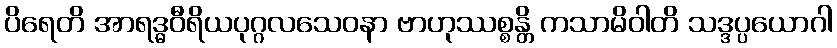
ပိရေတိ အာရဒ္ဓဝီရိယပုဂ္ဂလသေဝနာ ဗာဟုဿစ္စန္တိ ကသာမိဝါတိ သဒ္ဒပ္ပယောဂါ